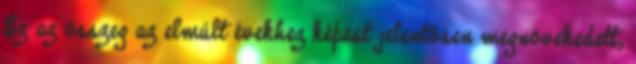
Ez az összeg az elmúlt évekhez képest jelentősen megnövekedett,